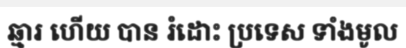
ឆ្មារ ហើយ បាន រំដោះ ប្រទេស ទាំងមូល